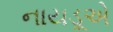
નાયડૂએ